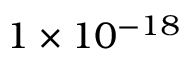
1 \times 1 0 ^ { - 1 8 }